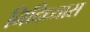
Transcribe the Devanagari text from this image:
निदिध्यास